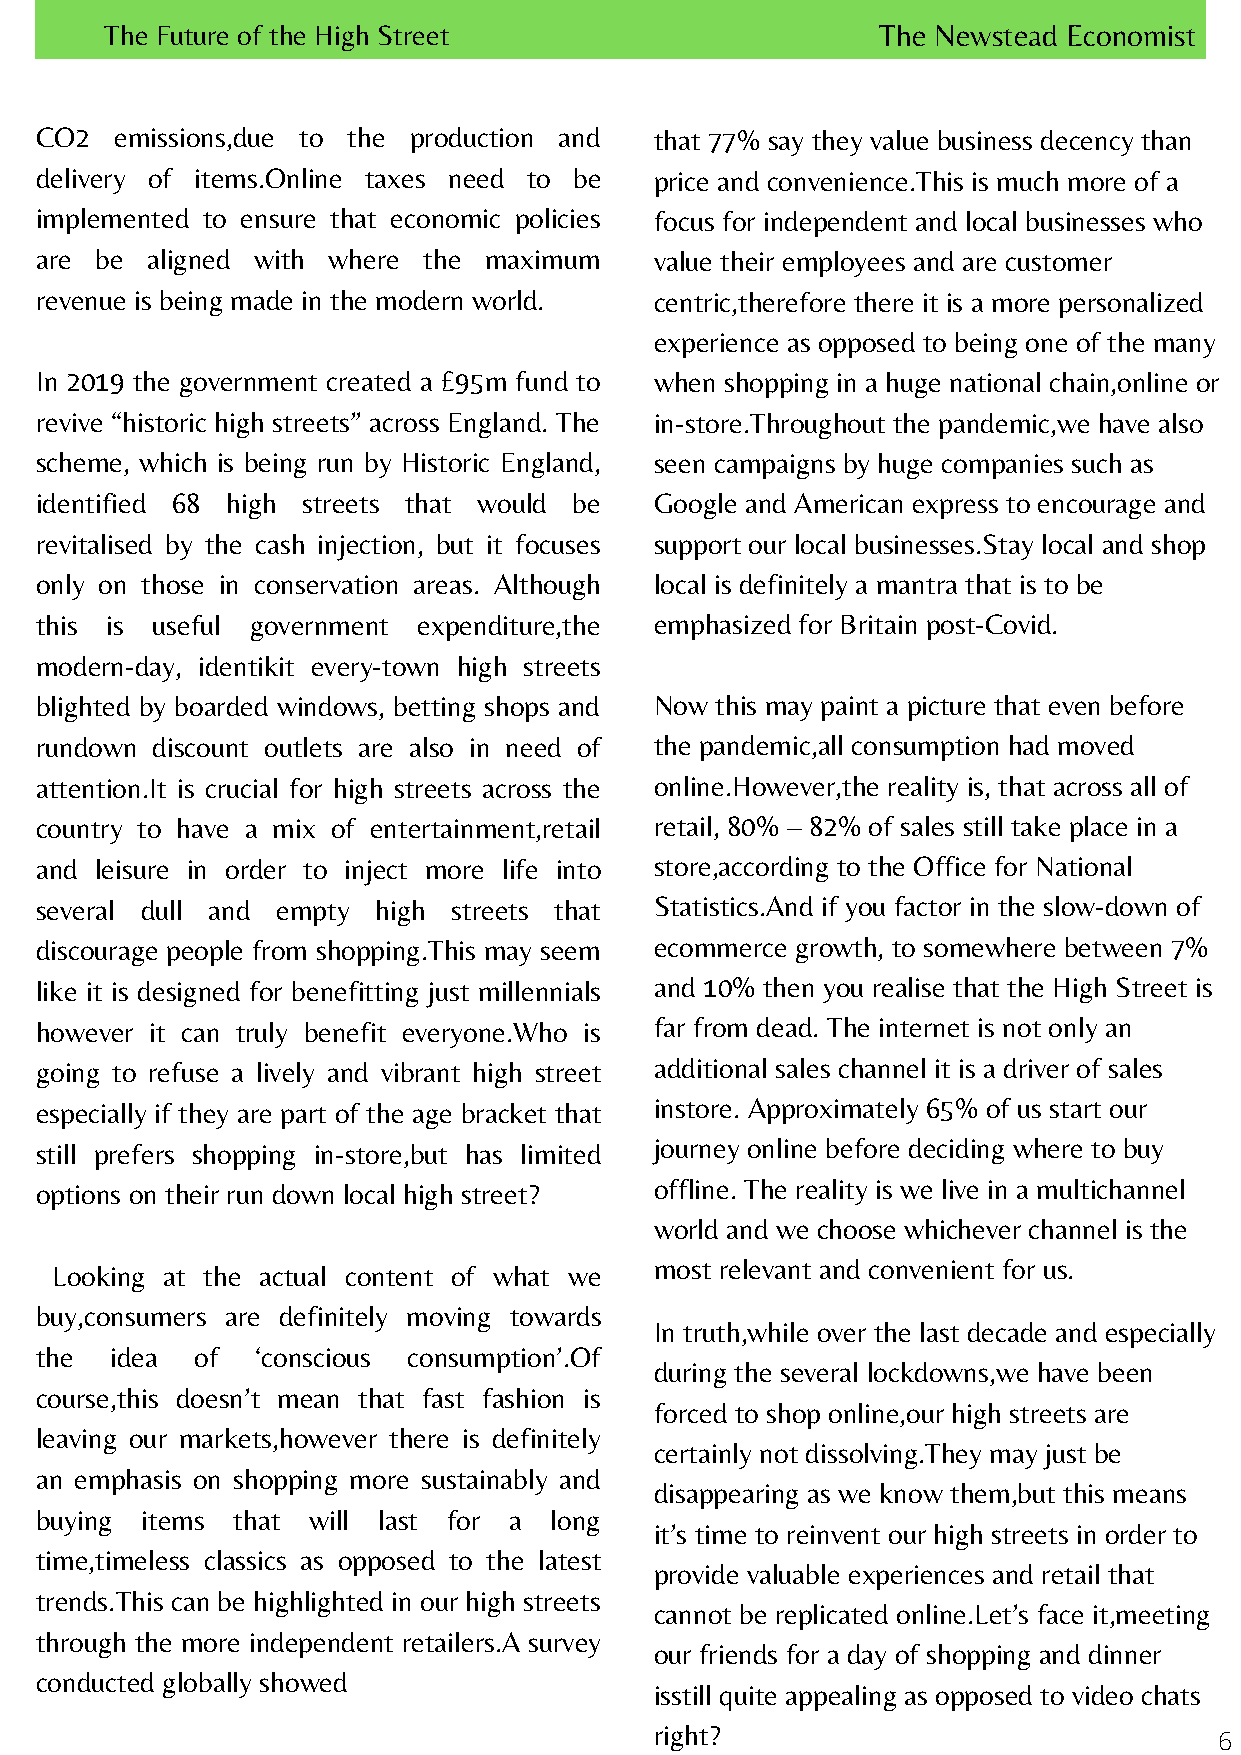
The Future of the High Street                      The Newstead Economist
 CO2   emissions,due to the production and that 77% say they value business decency than
 delivery of items.Online taxes need to be price and convenience.This is much more of a
 implemented to ensure that economic policies focus for independent and local businesses who
 are be  aligned with where the maximum   value their employees and are customer
 revenue is being made in the modern world. centric,therefore there it is a more personalized
 experience as opposed to being one of the many
 In 2019 the government created a £95m fund to when shopping in a huge national chain,online or
 revive “historic high streets” across England. The in-store.Throughout the pandemic,we have also
 scheme, which is being run by Historic England, seen campaigns by huge companies such as
 identified 68 high streets that would be Google and American express to encourage and
 revitalised by the cash injection, but it focuses support our local businesses.Stay local and shop
 only on those in conservation areas. Although local is definitely a mantra that is to be
 this is useful government expenditure,the emphasized for Britain post-Covid.
 modern-day, identikit every-town high streets
 blighted by boarded windows, betting shops and Now this may paint a picture that even before
 rundown discount outlets are also in need of the pandemic,all consumption had moved
 attention.It is crucial for high streets across the online.However,the reality is, that across all of
 country to have a mix of entertainment,retail retail, 80% – 82% of sales still take place in a
 and leisure in order to inject more life into store,according to the Office for National
 several dull and empty high streets that Statistics.And if you factor in the slow-down of
 discourage people from shopping.This may seem ecommerce growth, to somewhere between 7%
 like it is designed for benefitting just millennials and 10% then you realise that the High Street is
 however it can truly benefit everyone.Who is far from dead. The internet is not only an
 going to refuse a lively and vibrant high street additional sales channel it is a driver of sales
 especially if they are part of the age bracket that instore. Approximately 65% of us start our
 still prefers shopping in-store,but has limited journey online before deciding where to buy
 options on their run down local high street? offline. The reality is we live in a multichannel
 world and we choose whichever channel is the
 most relevant and convenient for us.
 Looking at the actual content of what we
 buy,consumers are definitely moving towards
 In truth,while over the last decade and especially
 the  idea  of  ‘conscious consumption’.Of
 during the several lockdowns,we have been
 course,this doesn’t mean that fast fashion is
 forced to shop online,our high streets are
 leaving our markets,however there is definitely
 certainly not dissolving.They may just be
 an emphasis on shopping more sustainably and
 disappearing as we know them,but this means
 buying items that will last for a long
 it’s time to reinvent our high streets in order to
 time,timeless classics as opposed to the latest
 provide valuable experiences and retail that
 trends.This can be highlighted in our high streets
 cannot be replicated online.Let’s face it,meeting
 through the more independent retailers.A survey
 our friends for a day of shopping and dinner
 conducted globally showed
 isstill quite appealing as opposed to video chats
 right?
 6